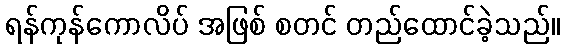
ရန်ကုန်ကောလိပ် အဖြစ် စတင် တည်ထောင်ခဲ့သည်။